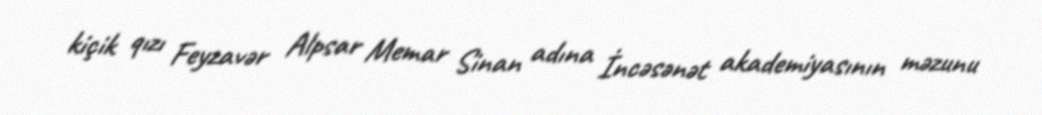
kiçik qızı Feyzavər Alpsar Memar Sinan adına İncəsənət akademiyasının məzunu